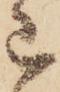
已